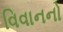
વિવાનનો